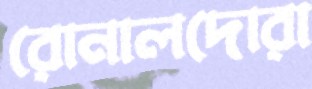
রোনালদোরা